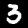
Digit: 3